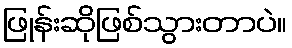
ဖြုန်းဆိုဖြစ်သွားတာပဲ။